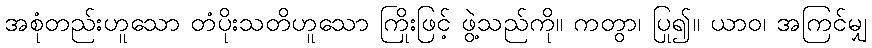
အစုံတည်းဟူသော တံပိုးသတိဟူသော ကြိုးဖြင့် ဖွဲ့သည်ကို။ ကတွာ၊ ပြု၍။ ယာဝ၊ အကြင်မျှ